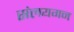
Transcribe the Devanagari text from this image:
संलयगन